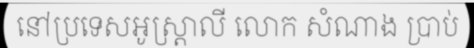
នៅប្រទេសអូស្ត្រាលី លោក សំណាង ប្រាប់